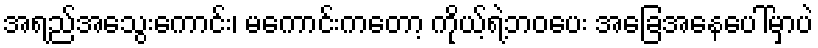
အရည်အသွေးကောင်း၊ မကောင်းကတော့ ကိုယ့်ရဲ့ဘဝပေး အခြေအနေပေါ်မှာပဲ